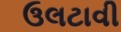
ઉલટાવી